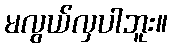
မလွယ်လှပါဘူး။